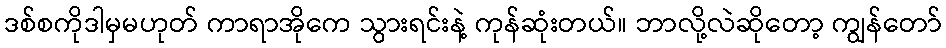
ဒစ်စကိုဒါမှမဟုတ် ကာရာအိုကေ သွားရင်းနဲ့ ကုန်ဆုံးတယ်။ ဘာလို့လဲဆိုတော့ ကျွန်တော်